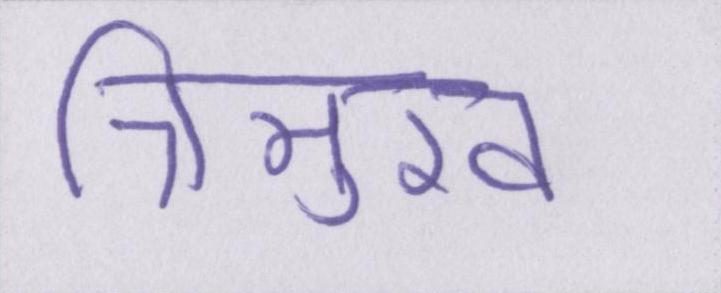
त्रिमुख